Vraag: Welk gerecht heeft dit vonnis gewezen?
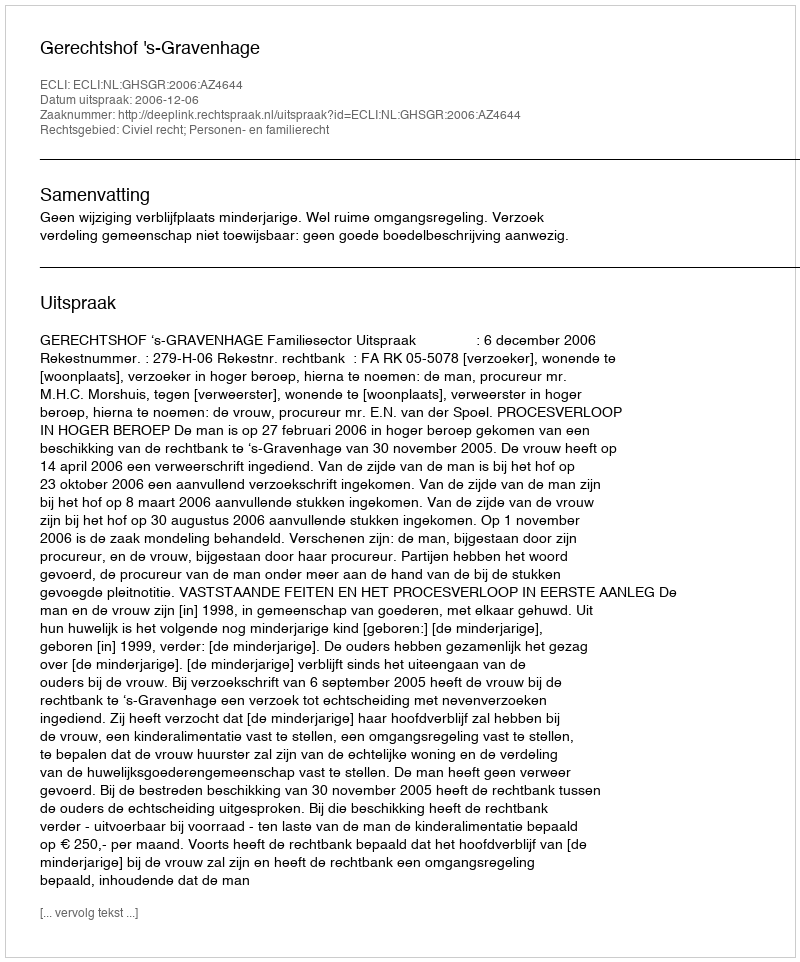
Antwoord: Gerechtshof 's-Gravenhage